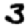
Digit: 3